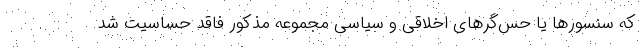
که سنسورها یا حس‌گرهای اخلاقی و سیاسی مجموعه مذکور فاقد حساسیت شد